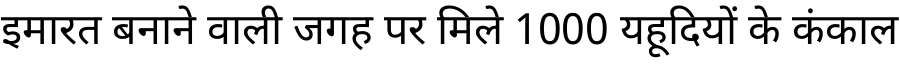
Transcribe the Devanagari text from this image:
इमारत बनाने वाली जगह पर मिले 1000 यहूदियों के कंकाल